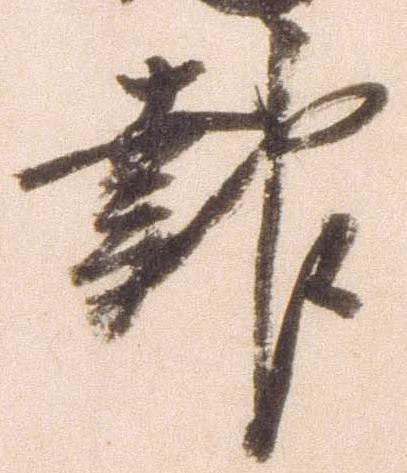
報